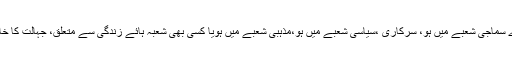
حصول علم کے لئے جہالت کا خاتمہ ناگزیر ہے، چاہے وہ جاہلانہ طرز عمل ہمارے سماجی شعبے میں ہو، سرکاری ،سیاسی شعبے میں ہو،مذہبی شعبے میں ہویا کسی بھی شعبہ ہائے زندگی سے متعلق، جہالت کا خاتمہ اور حصول علم دنیا بھر میں مسلمانوں کی بقاء کے حوالے سے بھی ناگزیر ہے۔